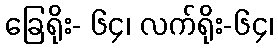
ခြေရိုး- ၆၄၊ လက်ရိုး-၆၄၊